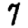
Digit: 7